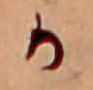
か